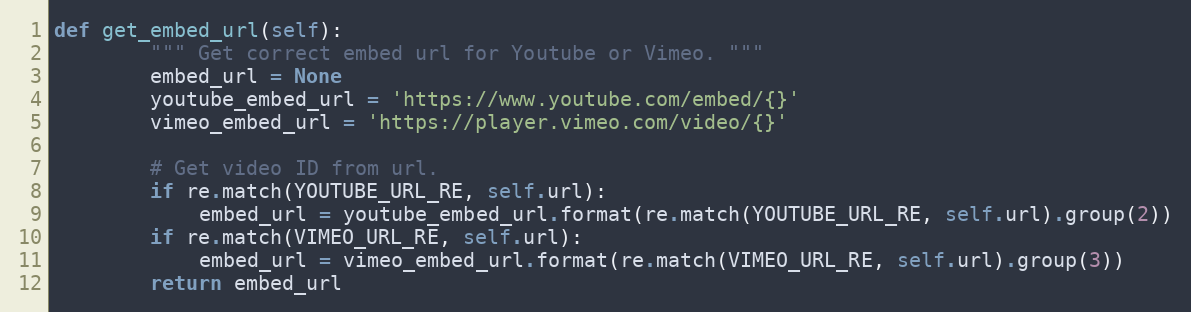
Language: Python
def get_embed_url(self):
        """ Get correct embed url for Youtube or Vimeo. """
        embed_url = None
        youtube_embed_url = 'https://www.youtube.com/embed/{}'
        vimeo_embed_url = 'https://player.vimeo.com/video/{}'

        # Get video ID from url.
        if re.match(YOUTUBE_URL_RE, self.url):
            embed_url = youtube_embed_url.format(re.match(YOUTUBE_URL_RE, self.url).group(2))
        if re.match(VIMEO_URL_RE, self.url):
            embed_url = vimeo_embed_url.format(re.match(VIMEO_URL_RE, self.url).group(3))
        return embed_url